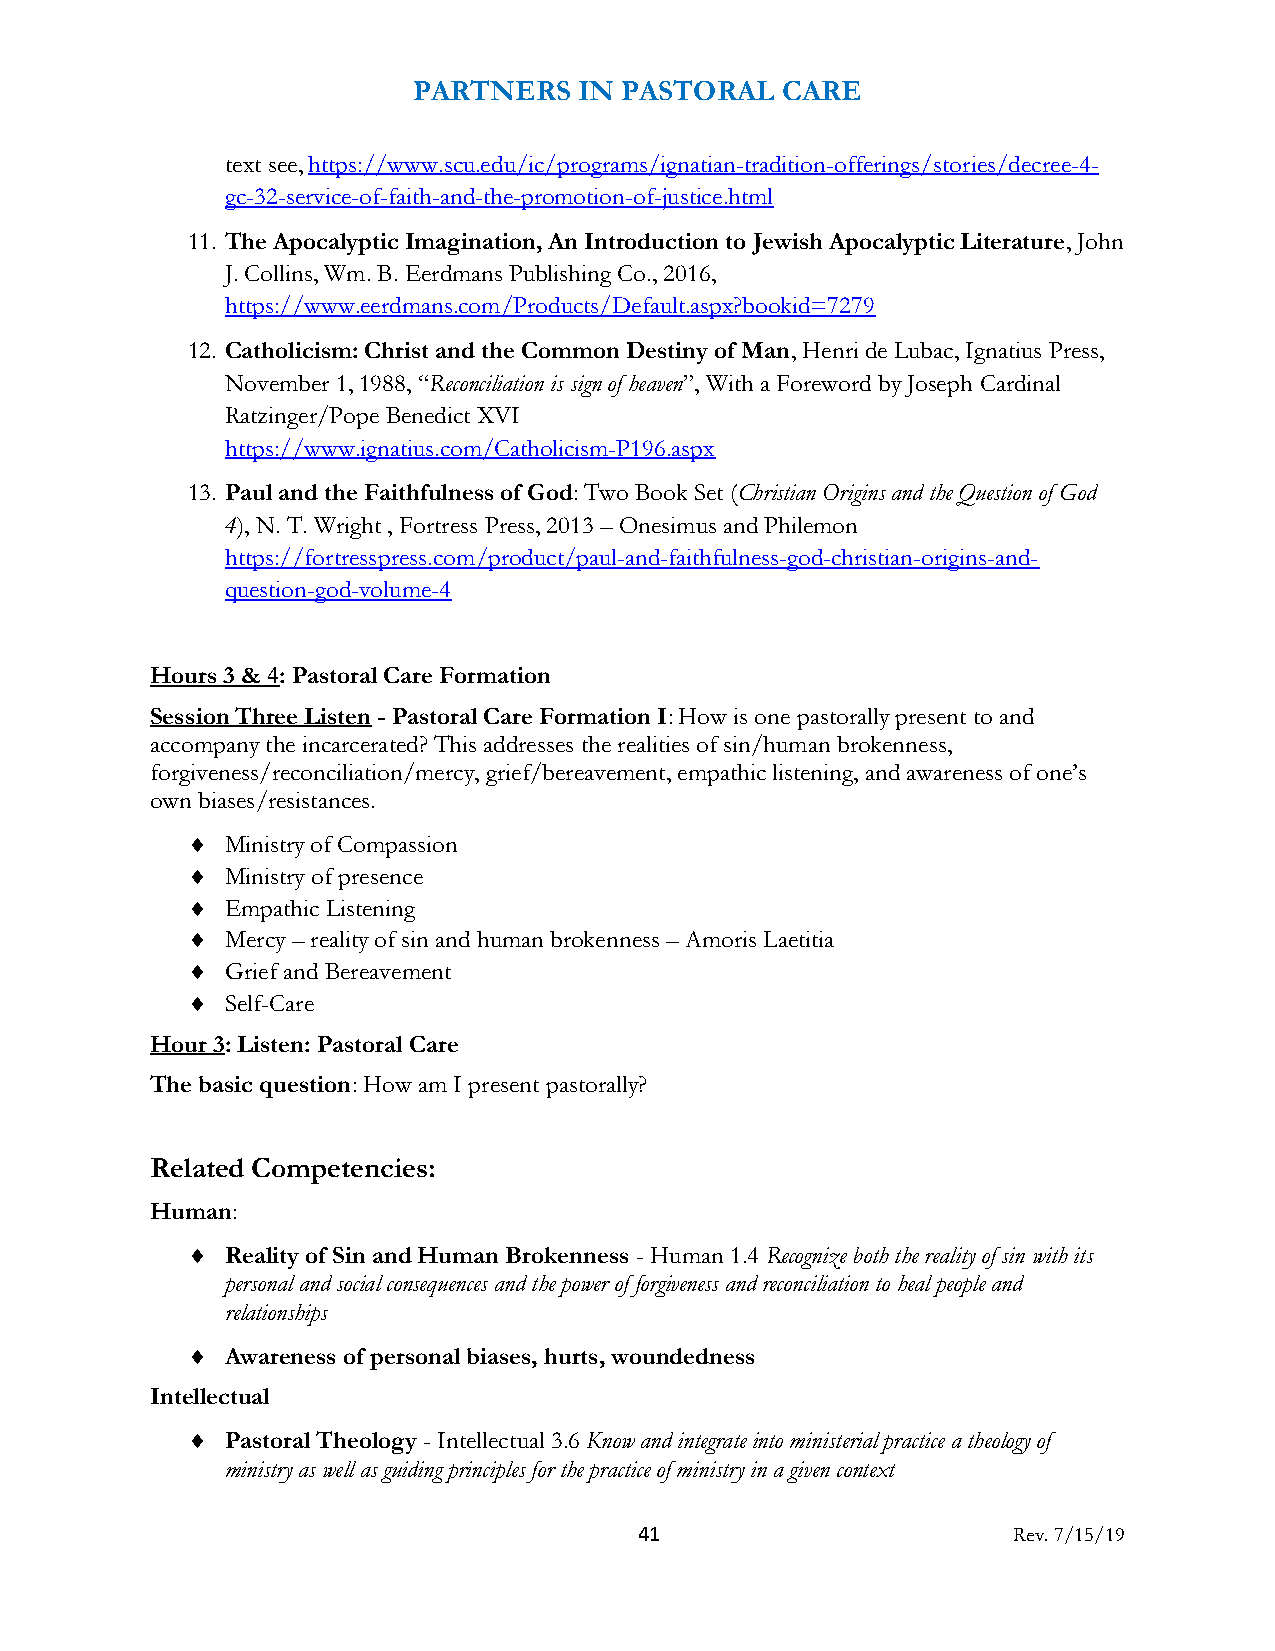
PARTNERS   IN PASTORAL   CARE
 text see, https://www.scu.edu/ic/programs/ignatian-tradition-offerings/stories/decree-4-
 gc-32-service-of-faith-and-the-promotion-of-justice.html
 11. The Apocalyptic Imagination, An Introduction to Jewish Apocalyptic Literature, John
 J. Collins, Wm. B. Eerdmans Publishing Co., 2016,
 https://www.eerdmans.com/Products/Default.aspx?bookid=7279
 12. Catholicism: Christ and the Common Destiny of Man, Henri de Lubac, Ignatius Press,
 November 1, 1988, “Reconciliation is sign of heaven”, With a Foreword by Joseph Cardinal
 Ratzinger/Pope Benedict XVI
 https://www.ignatius.com/Catholicism-P196.aspx
 13. Paul and the Faithfulness of God: Two Book Set (Christian Origins and the Question of God
 4), N. T. Wright , Fortress Press, 2013 – Onesimus and Philemon
 https://fortresspress.com/product/paul-and-faithfulness-god-christian-origins-and-
 question-god-volume-4
 Hours 3 & 4: Pastoral Care Formation
 Session Three Listen - Pastoral Care Formation I: How is one pastorally present to and
 accompany the incarcerated? This addresses the realities of sin/human brokenness,
 forgiveness/reconciliation/mercy, grief/bereavement, empathic listening, and awareness of one’s
 own biases/resistances.
   Ministry of Compassion
   Ministry of presence
   Empathic Listening
   Mercy – reality of sin and human brokenness – Amoris Laetitia
   Grief and Bereavement
   Self-Care
 Hour 3: Listen: Pastoral Care
 The basic question: How am I present pastorally?
 Related Competencies:
 Human:
   Reality of Sin and Human Brokenness - Human 1.4 Recognize both the reality of sin with its
 personal and social consequences and the power of forgiveness and reconciliation to heal people and
 relationships
   Awareness of personal biases, hurts, woundedness
 Intellectual
   Pastoral Theology - Intellectual 3.6 Know and integrate into ministerial practice a theology of
 ministry as well as guiding principles for the practice of ministry in a given context
 41                       Rev. 7/15/19